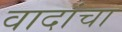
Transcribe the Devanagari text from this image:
वादांचा